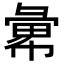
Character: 𢑭